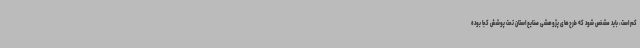
کم است، باید مشخص شود که طرح‌های پژوهشی صنایع استان تحت پوشش کجا بوده